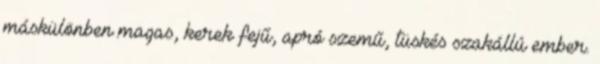
máskülönben magas, kerek fejű, apró szemű, tüskés szakállú ember.